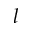
l